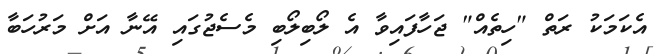
އެކަމަކު ރަތް "ހިތެއް" ޖަހާފައިވާ އެ ލޯބިލޯބި މެސެޖުގައި އޭނާ އަށް މަރުހަބާ